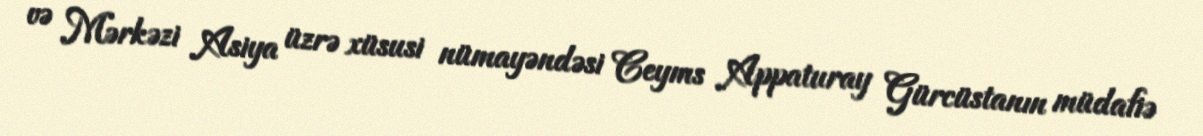
və Mərkəzi Asiya üzrə xüsusi nümayəndəsi Ceyms Appaturay Gürcüstanın müdafiə